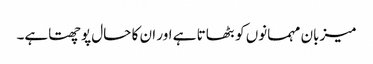
میزبان مہمانوں کو بٹھاتا ہے اور ان کا حال پوچھتاہے۔